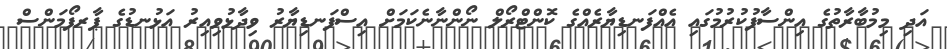
އަދި މިމުބާރާތުގެ އިންސާފުކުރުމުގައި އެއްފަނޑިޔާރެއްގެ ކޮންޓްރޯލް ނޯންނާނެކަމަށް އިސްފަނޑިޔާރު ވިދާޅުވިއިރު އަޅުނޑުގެ ޕާރފޯމަންސް